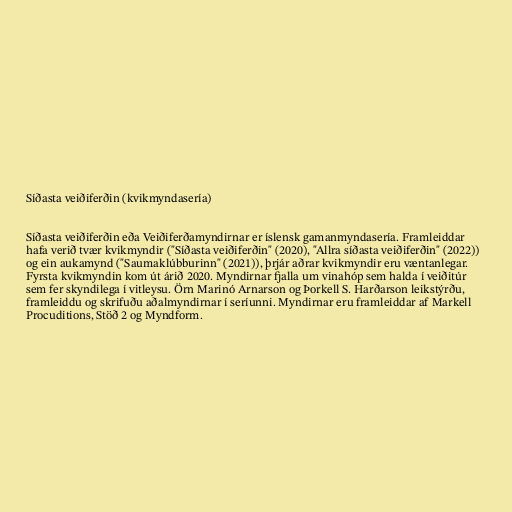
Síðasta veiðiferðin (kvikmyndasería)

Síðasta veiðiferðin eða Veiðiferðamyndirnar er íslensk gamanmyndasería. Framleiddar
hafa verið tvær kvikmyndir ("Síðasta veiðiferðin" (2020), "Allra síðasta veiðiferðin" (2022))
og ein aukamynd ("Saumaklúbburinn" (2021)), þrjár aðrar kvikmyndir eru væntanlegar.
Fyrsta kvikmyndin kom út árið 2020. Myndirnar fjalla um vinahóp sem halda í veiðitúr
sem fer skyndilega í vitleysu. Örn Marinó Arnarson og Þorkell S. Harðarson leikstýrðu,
framleiddu og skrifuðu aðalmyndirnar í seríunni. Myndirnar eru framleiddar af Markell
Procuditions, Stöð 2 og Myndform.